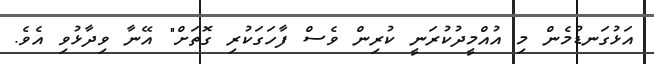
އަޅުގަނޑުމެން މި އުއްމީދުކުރަނީ ކުރިން ވެސް ފާހަގަކުރި ގޮތަށް" އޭނާ ވިދާޅުވި އެވެ.